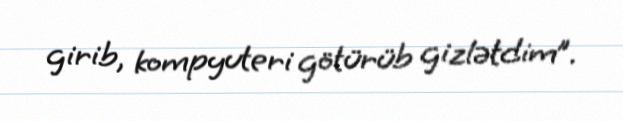
girib, kompyuteri götürüb gizlətdim”.